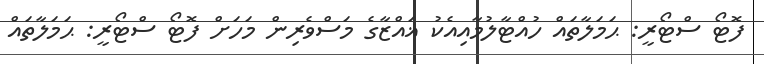
ފޮޓޯ ސްޓޯރީ: ޙަމަލާތައް ހުއްޓާލުމާއިއެކު ޣައްޒާގެ މަސްވެރިން މަހަށް ފޮޓޯ ސްޓޯރީ: ޙަމަލާތައް